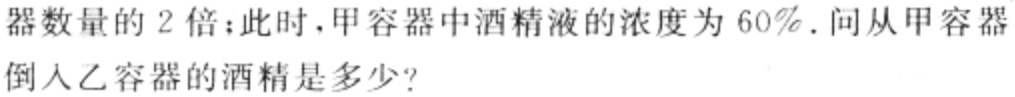
器数量的 2 倍；此时，甲容器中酒精液的浓度为 60% . 问从甲容器倒入乙容器的酒精是多少?